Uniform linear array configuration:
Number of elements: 12
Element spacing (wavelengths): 0.25
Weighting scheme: cosine
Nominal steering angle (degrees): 60
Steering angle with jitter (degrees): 61.001
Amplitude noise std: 0.05
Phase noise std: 0.05

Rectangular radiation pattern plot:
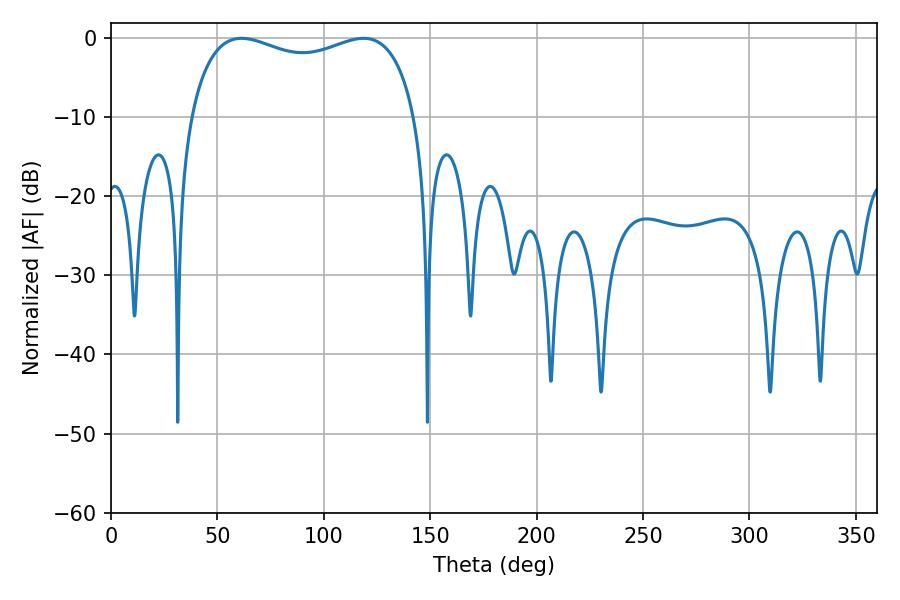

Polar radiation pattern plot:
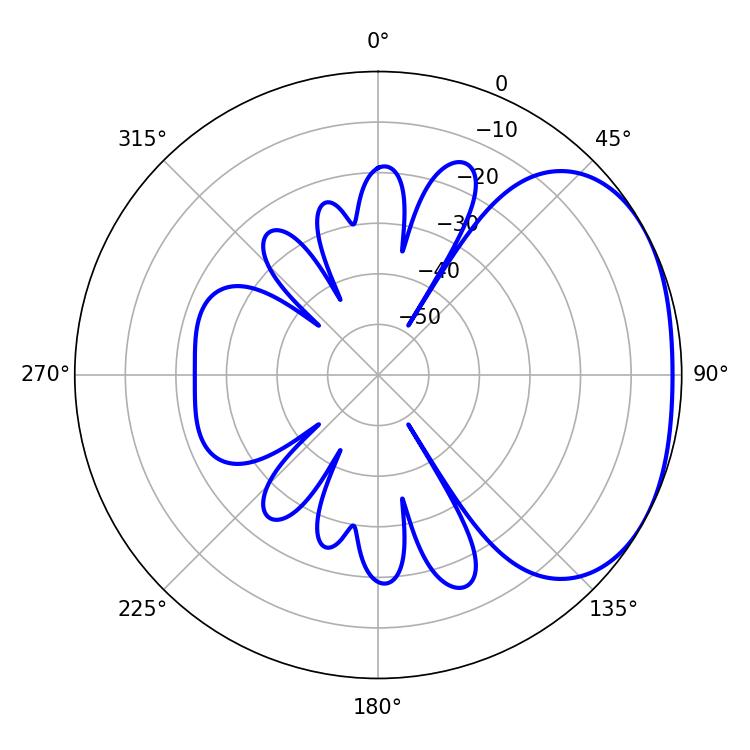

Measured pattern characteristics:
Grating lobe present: FALSE
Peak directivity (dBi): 2.262
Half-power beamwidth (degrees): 87.48
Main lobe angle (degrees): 61.38